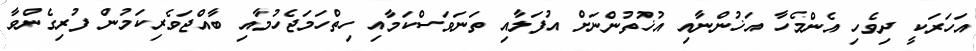
އަހަރަކީ ދިވެހި އެންމެހާ އަޚުންނާއި އުޚުތުންނަށް އުފަލާއި ތަނަވަސްކަމާއި ހިތްހަމަޖެހުމާއި ބާއްޖަވެރިކަމުން ފުރިގެންވާ